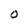
Character: O